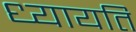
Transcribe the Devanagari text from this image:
ध्यायति